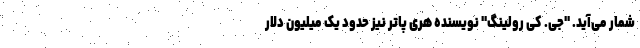
شمار می‌آید. "جی. کی رولینگ" نویسنده هری پاتر نیز حدود یک میلیون دلار